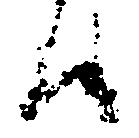
ハ